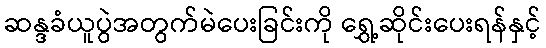
ဆန္ဒခံယူပွဲအတွက်မဲပေးခြင်းကို ရွှေ့ဆိုင်းပေးရန်နှင့်